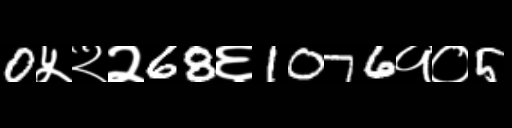
Text: 0५२२68६1076१०5